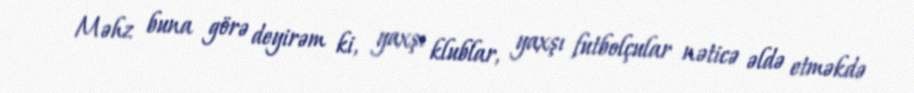
Məhz buna görə deyirəm ki, yaxşı klublar, yaxşı futbolçular nəticə əldə etməkdə